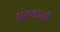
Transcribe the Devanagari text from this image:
अंतकारी